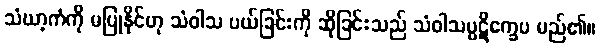
သံဃာ့ကံကို မပြုနိုင်ဟု သံဝါသ ပယ်ခြင်းကို ဆိုခြင်းသည် သံဝါသပ္ပဋိက္ခေပ မည်၏။